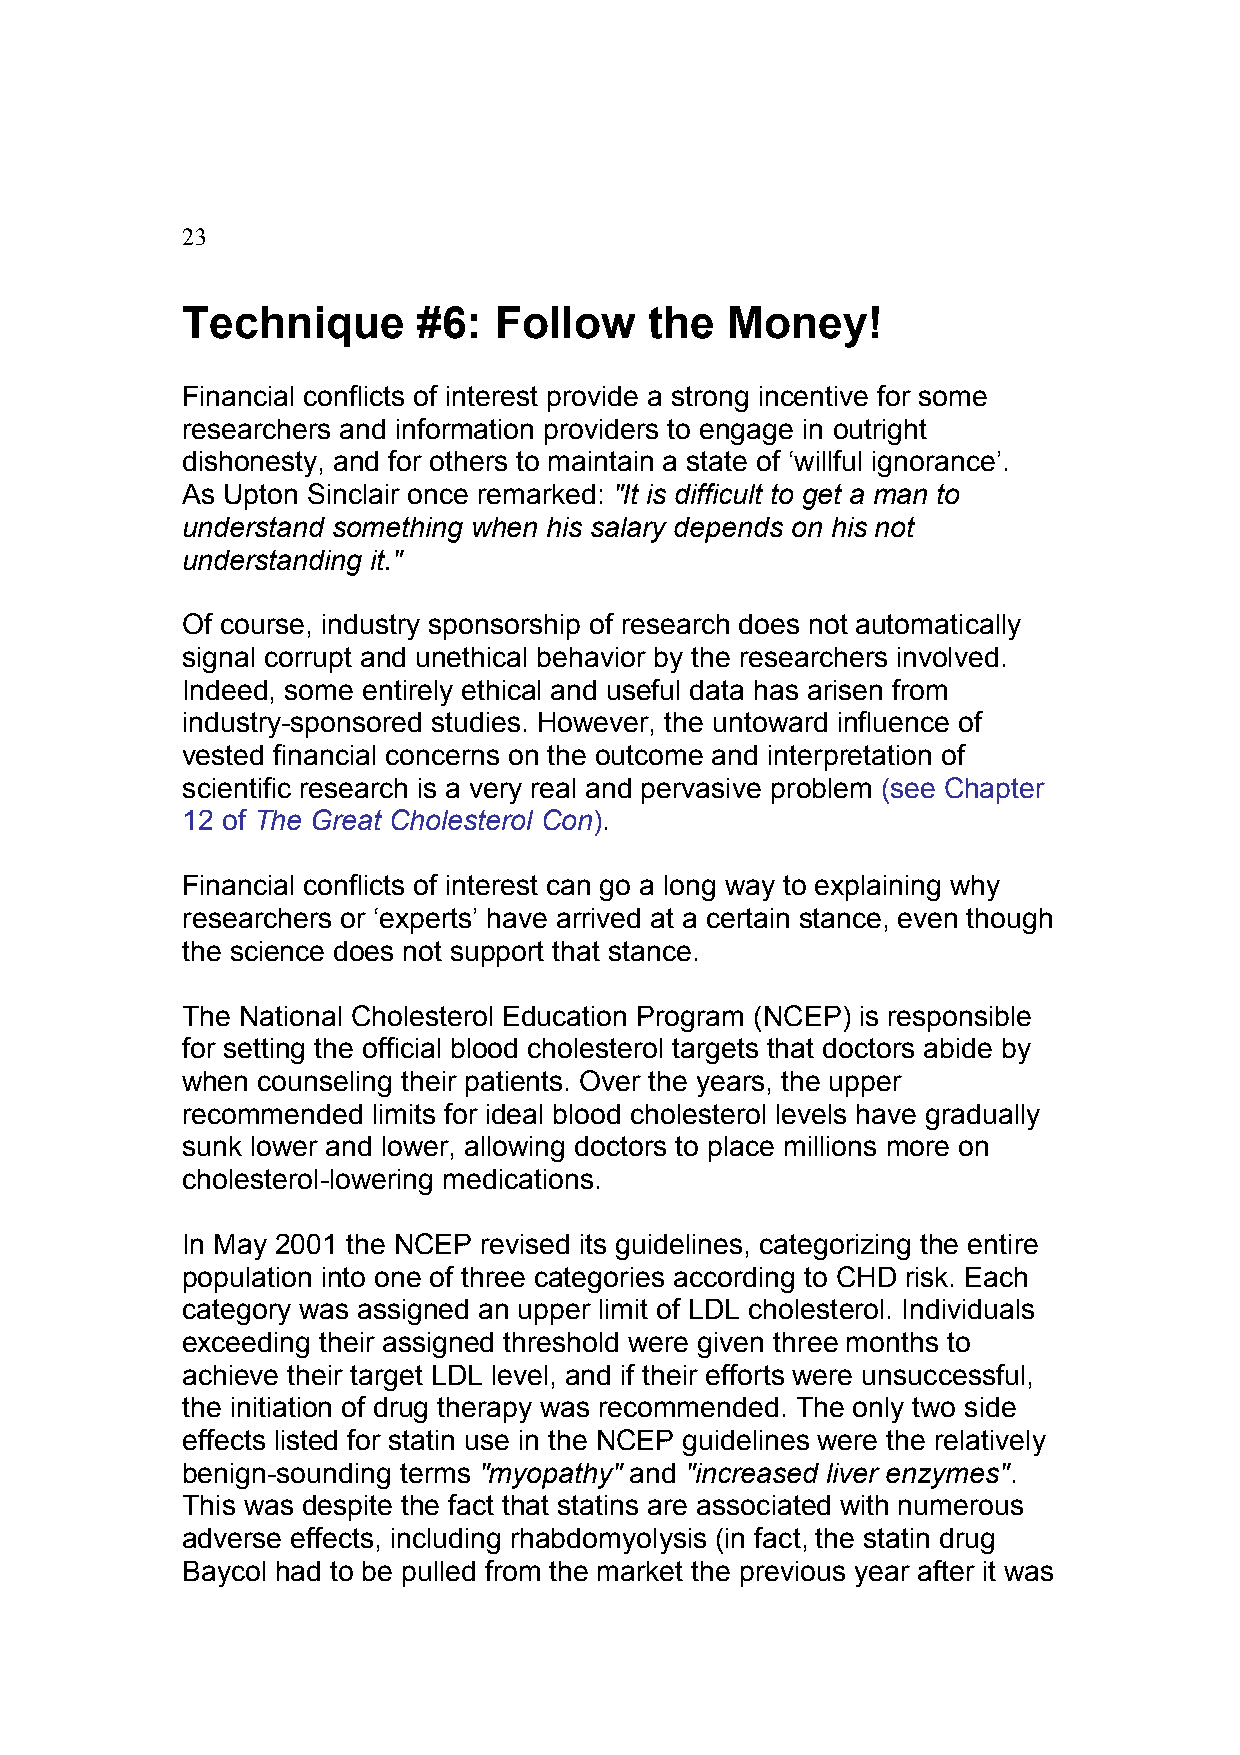
23
 Technique       #6:  Follow    the  Money!
 Financial conflicts of interest provide a strong incentive for some
 researchers and information providers to engage in outright
 dishonesty, and for others to maintain a state of ‘willful ignorance’.
 As Upton Sinclair once remarked: "It is difficult to get a man to
 understand something when his salary depends on his not
 understanding it."
 Of course, industry sponsorship of research does not automatically
 signal corrupt and unethical behavior by the researchers involved.
 Indeed, some entirely ethical and useful data has arisen from
 industry-sponsored studies. However, the untoward influence of
 vested financial concerns on the outcome and interpretation of
 scientific research is a very real and pervasive problem (see Chapter
 12 of The Great Cholesterol Con).
 Financial conflicts of interest can go a long way to explaining why
 researchers or ‘experts’ have arrived at a certain stance, even though
 the science does not support that stance.
 The National Cholesterol Education Program (NCEP) is responsible
 for setting the official blood cholesterol targets that doctors abide by
 when counseling their patients. Over the years, the upper
 recommended  limits for ideal blood cholesterol levels have gradually
 sunk lower and lower, allowing doctors to place millions more on
 cholesterol-lowering medications.
 In May 2001 the NCEP revised its guidelines, categorizing the entire
 population into one of three categories according to CHD risk. Each
 category was assigned an upper limit of LDL cholesterol. Individuals
 exceeding their assigned threshold were given three months to
 achieve their target LDL level, and if their efforts were unsuccessful,
 the initiation of drug therapy was recommended. The only two side
 effects listed for statin use in the NCEP guidelines were the relatively
 benign-sounding terms "myopathy" and "increased liver enzymes".
 This was despite the fact that statins are associated with numerous
 adverse effects, including rhabdomyolysis (in fact, the statin drug
 Baycol had to be pulled from the market the previous year after it was